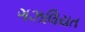
ગઝલિયત